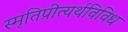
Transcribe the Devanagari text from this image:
स्मृतिप्रीत्यर्थविविध